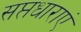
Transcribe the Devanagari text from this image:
सप्तधाराएं